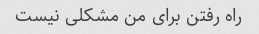
راه رفتن برای من مشکلی نیست